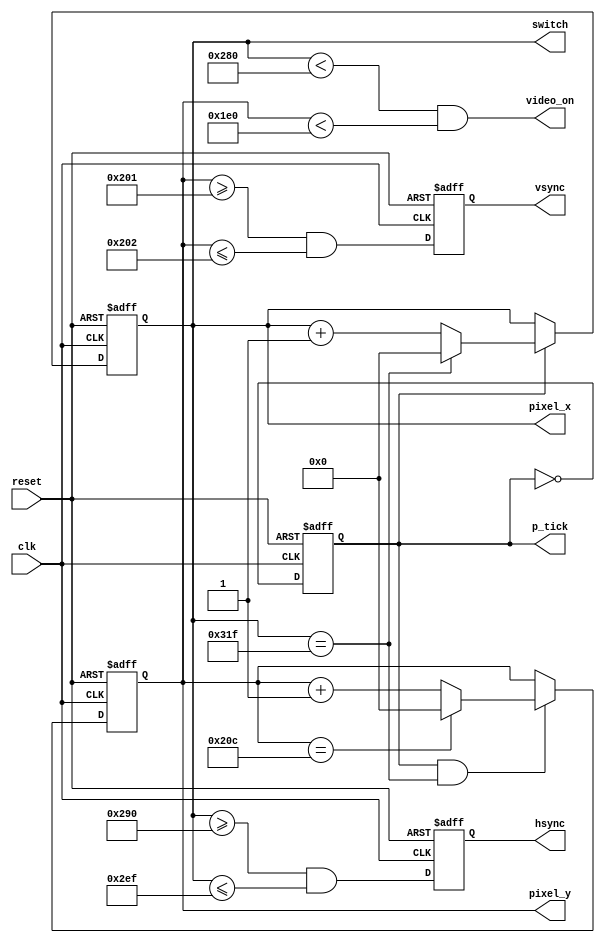
`timescale 1ns / 1ps
//////////////////////////////////////////////////////////////////////////////////
// Company: 
// Engineer: 
// 
// Design Name: 
// Module Name:    vga_sync 
// Project Name: 
// Target Devices: 
// Tool versions: 
// Description: 
//
// Dependencies: 
//
// Revision: 
// Revision 0.01 - File Created
// Additional Comments: 
//
//////////////////////////////////////////////////////////////////////////////////
module vga_sync
   (
    input wire clk, reset,
    output wire hsync, vsync, video_on, p_tick,
    output wire [9:0] pixel_x, pixel_y,
	output wire [9:0] switch
   );

   // constant declaration
   // VGA 640-by-480 sync parameters
   localparam HD = 640; // horizontal display area
   localparam HF = 48 ; // h. front (left) border
   localparam HB = 16 ; // h. back (right) border
   localparam HR = 96 ; // h. retrace
   localparam VD = 480; // vertical display area
   localparam VF = 10;  // v. front (top) border
   localparam VB = 33;  // v. back (bottom) border
   localparam VR = 2;   // v. retrace

   // mod-2 counter
   reg mod2_reg;
   wire mod2_next;
   // sync counters
   reg [9:0] h_count_reg, h_count_next;
   reg [9:0] v_count_reg, v_count_next;
   // output buffer
   reg v_sync_reg, h_sync_reg;
   wire v_sync_next, h_sync_next;
   // status signal
   wire h_end, v_end, pixel_tick;
   
   assign switch = h_count_reg;

   // body
   // registers
   always @(posedge clk, posedge reset)
      if (reset)
         begin
            mod2_reg <= 1'b0;
            v_count_reg <= 0;
            h_count_reg <= 0;
            v_sync_reg <= 1'b0;
            h_sync_reg <= 1'b0;
         end
      else
         begin
            mod2_reg <= mod2_next;
            v_count_reg <= v_count_next;
            h_count_reg <= h_count_next;
            v_sync_reg <= v_sync_next;
            h_sync_reg <= h_sync_next;
         end

   // mod-2 circuit to generate 25 MHz enable tick
   assign mod2_next = ~mod2_reg;
   assign pixel_tick = mod2_reg;

   // status signals
   // end of horizontal counter (799)
   assign h_end = (h_count_reg==(HD+HF+HB+HR-1));
   // end of vertical counter (524)
   assign v_end = (v_count_reg==(VD+VF+VB+VR-1));

   // next-state logic of mod-800 horizontal sync counter
   always @*
      if (pixel_tick)  // 25 MHz pulse
         if (h_end)
            h_count_next = 0;
         else
            h_count_next = h_count_reg + 1;
      else
         h_count_next = h_count_reg;

   // next-state logic of mod-525 vertical sync counter
   always @*
      if (pixel_tick & h_end)
         if (v_end)
            v_count_next = 0;
         else
            v_count_next = v_count_reg + 1;
      else
         v_count_next = v_count_reg;

   // horizontal and vertical sync, buffered to avoid glitch
   // h_sync_next asserted between 656 and 751
   assign h_sync_next = (h_count_reg>=(HD+HB) &&
                         h_count_reg<=(HD+HB+HR-1));
   // vh_sync_next asserted between 490 and 491
   assign v_sync_next = (v_count_reg>=(VD+VB) &&
                         v_count_reg<=(VD+VB+VR-1));

   // video on/off
   assign video_on = (h_count_reg<HD) && (v_count_reg<VD);

   // output
   assign hsync = h_sync_reg;
   assign vsync = v_sync_reg;
   assign pixel_x = h_count_reg;
   assign pixel_y = v_count_reg;
   assign p_tick = pixel_tick;

endmodule